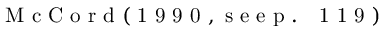
\mathrm { ~ M ~ c ~ C ~ o ~ r ~ d ~ ( ~ 1 ~ 9 ~ 9 ~ 0 ~ , ~ s ~ e ~ e ~ p ~ . ~ ~ ~ 1 ~ 1 ~ 9 ~ ) ~ }